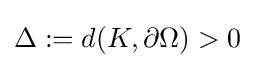
\Delta :=d(K,\partial \Omega )>0